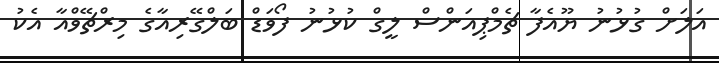
އަލަށް ގުޅުނު ޔޫއެފާ ޗެމްޕިއަންސް ލީގް ކުޅުނު ފޯވަޑް ބަލްގޭރިއާގެ މިރްޗޭވްއާ އެކު